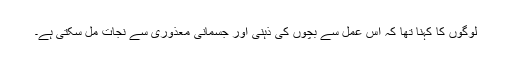
لوگوں کا کہنا تھا کہ اس عمل سے بچوں کی ذہنی اور جسمانی معذوری سے نجات مل سکتی ہے۔